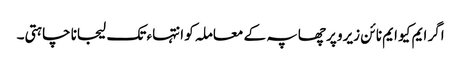
اگر ایم کیو ایم نا ئن زیرو پر چھاپہ کے معاملہ کو انتہاء تک لیجانا چاہتی۔